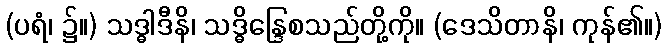
(ပရံ၊ ၌။) သဒ္ဓါဒီနိ၊ သဒ္ဓိန္ဒြေစသည်တို့ကို။ (ဒေသိတာနိ၊ ကုန်၏။)